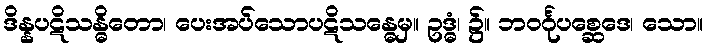
ဒိန္နပဋိသန္ဓိတော၊ ပေးအပ်သောပဋိသန္ဓေမှ။ ဥဒ္ဓံ၊ ၌။ ဘဝင်္ဂုပစ္ဆေဒေ၊ သော။